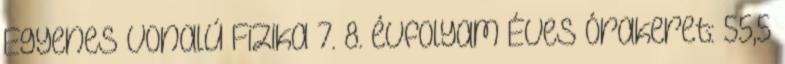
Egyenes vonalú Fizika 7. 8. évfolyam Éves órakeret: 55,5